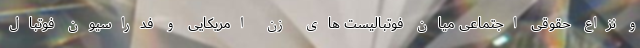
و نزاع حقوقی اجتماعی میان فوتبالیست های زن امریکایی و فدراسیون فوتبال